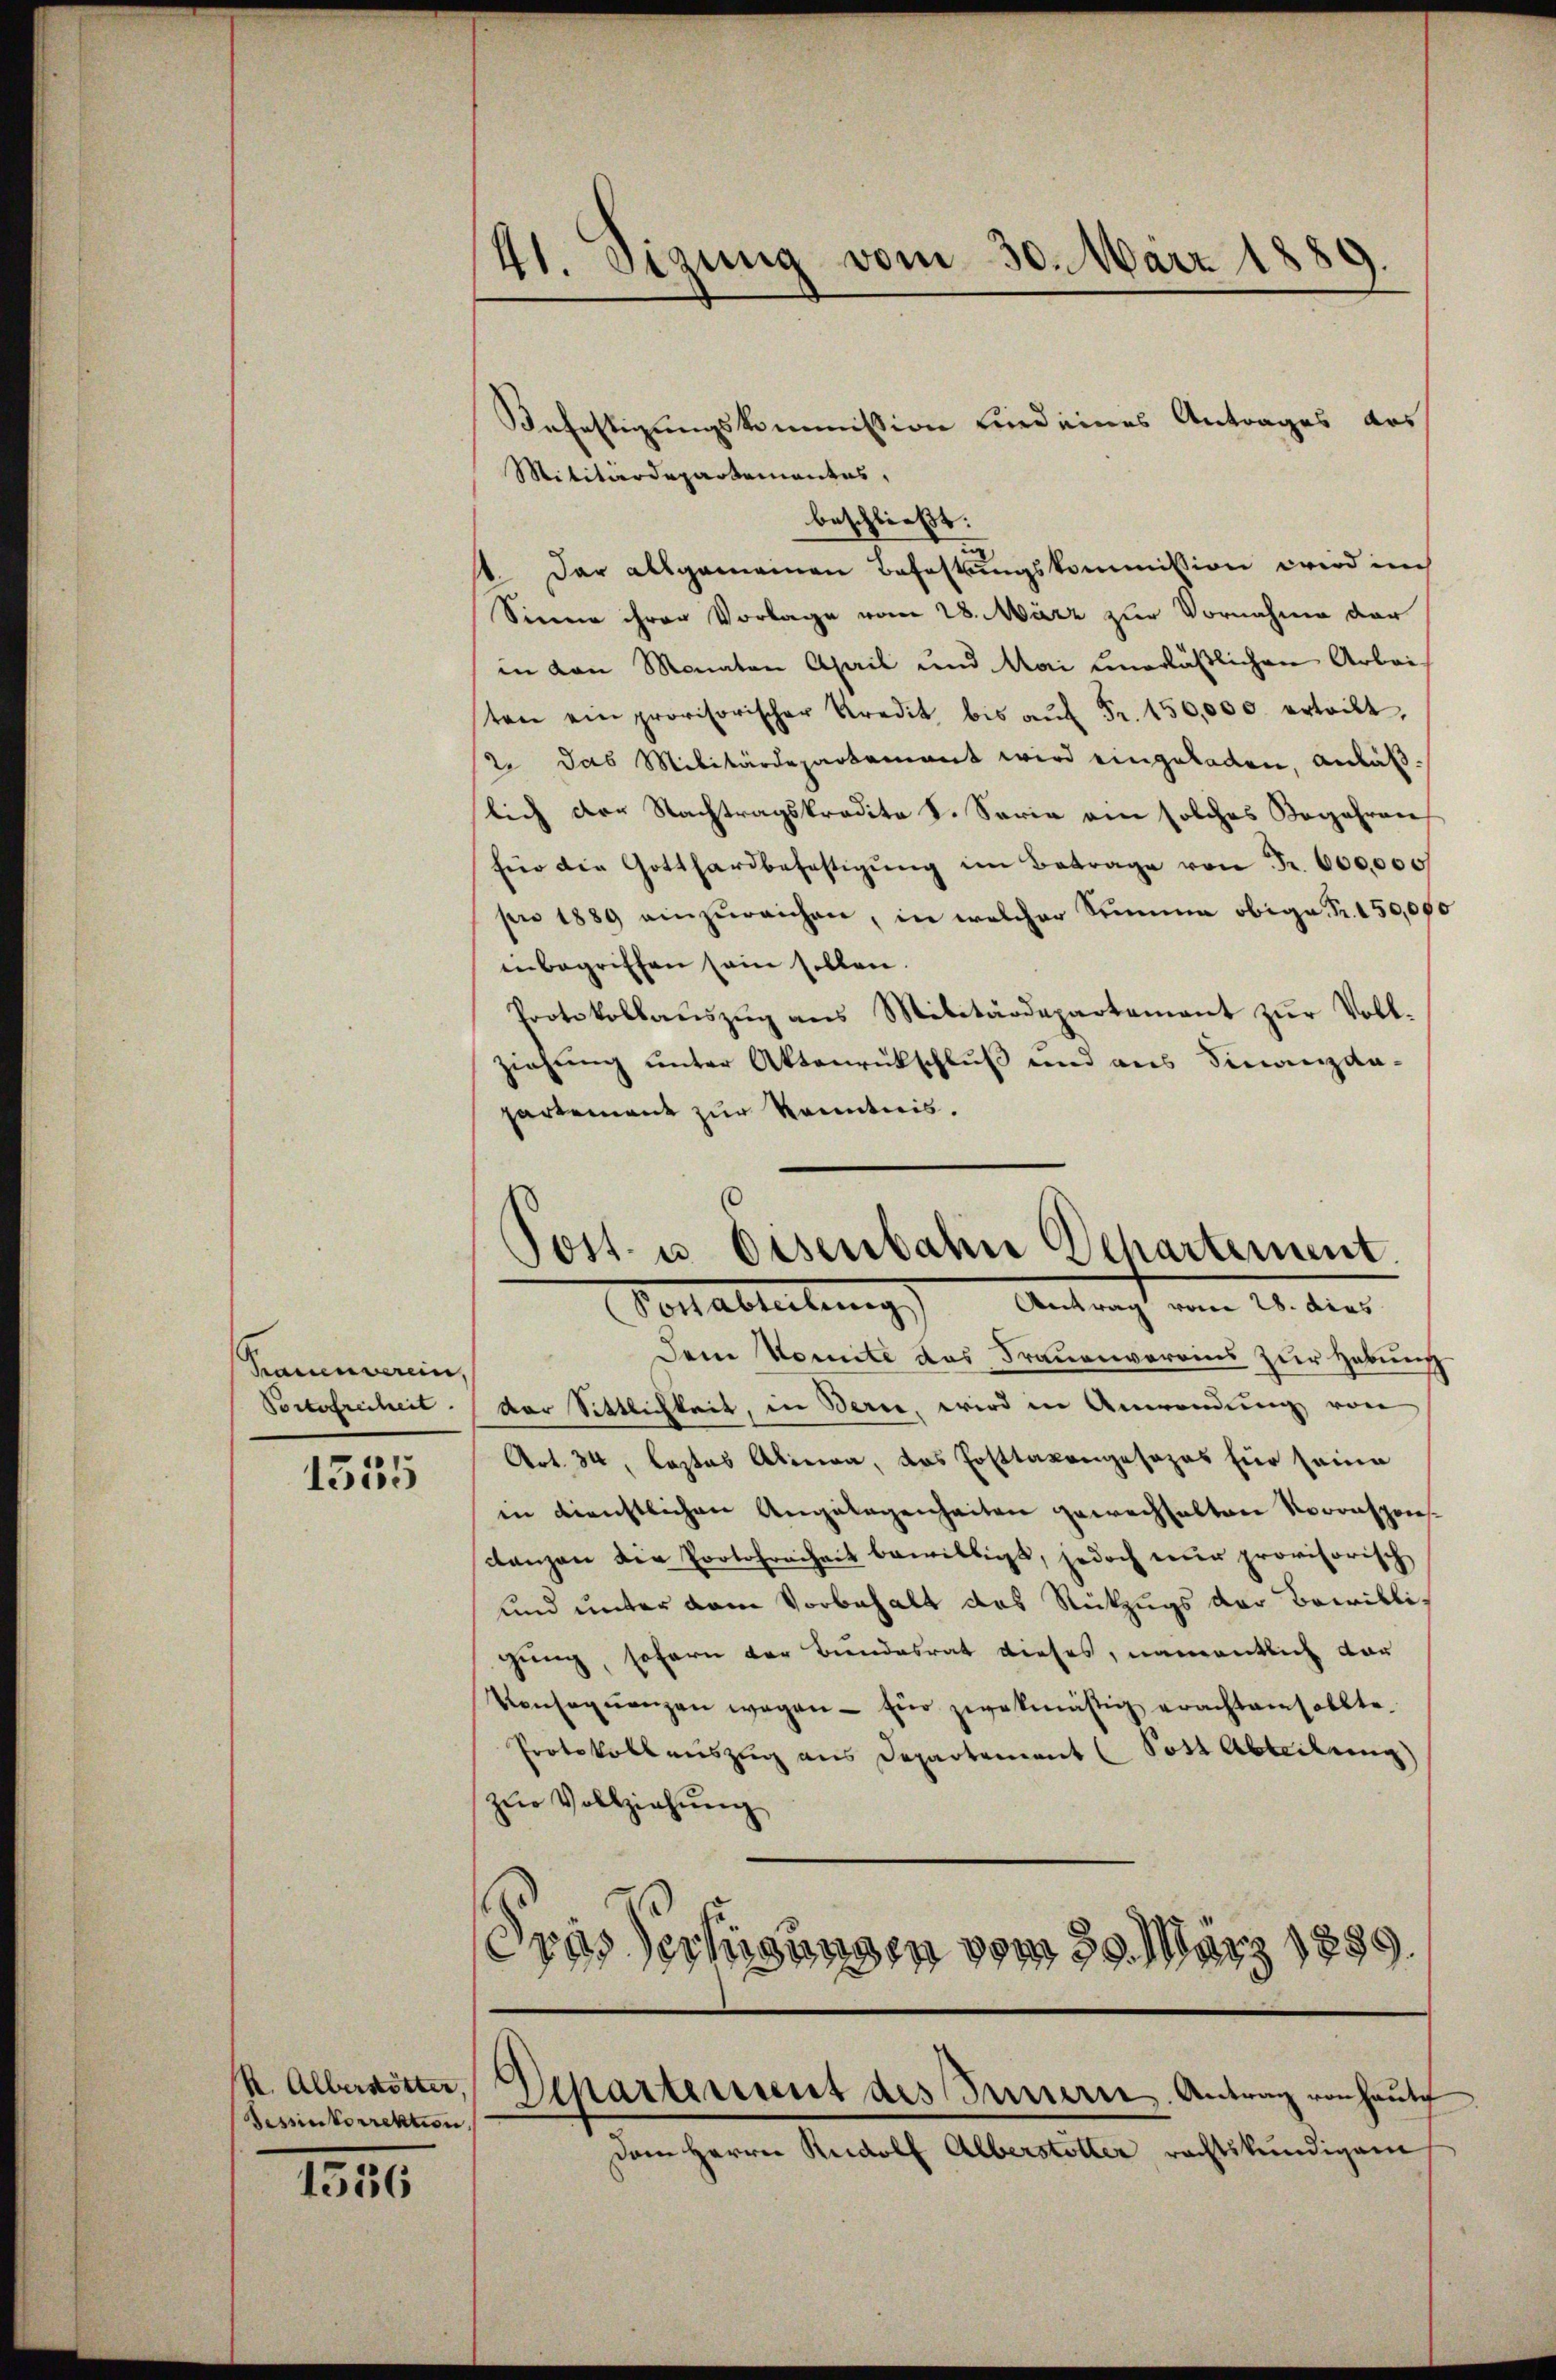
Frauenverein,
Portofreiheit

1335

R. Alberstötter,
Sessintorrektion

1556

41. Sizung vom 30. März 1889.

Militärdepartementes,
beschließt:
Dar allgemeinen Befestungskommission wird in
Sinne ihrer Vorlage vom 28. März zur Vornahme dar
in von Monaten April und Mai unerläßlichen Arbei-
sten ein provisorischer Kredit bis aŭf Fr. 150,000 erteilt,
2 das Militärdepartamant wird eingeladen, anläßlich der Nachtragskredite S. Serie am solches Begehren
für die Gotthardbefestigŭng im Betrage von Fr. 600,000
pro 1889 einzŭreichen, in welcher Simmen obige Fr. 150,000
inbegriffen sein sollen
Protokollaŭszŭg ans Militärdepartamant zŭr Voll-
ziehung unter Aktenrückschluß und aus Finanzda-
partement zur Kenntnis.

Befestigungskommission sind eines Antrages das

Post- u. Eisenbahn Departement.
Vortabteilung Antragt vom 24. des

Dem Komite das Frauenvereins zur Habung
der Sittlichkeit, in Bern, wird in Anwendung von
Art. 34, Lastas Alinea, das Posttaxangesezes für seine
in dienstlichen Angelegenheiten gewachhalten Voranspries
Lanzen der Portofreiheit bewilligt, jedoch nŭr provisorisch
und unter dem Vorbehalt das Rückzugs der Bewilligung, sofern der Bundesrat dieses, namentlich dar
Vonseqŭenzen wegen - für zwekmäsig erachten sollte.
Protokoll auszug aus Departement (Sott Abteilung
zŭr Vollziehung
Gras Verfügungen vom 30. März 1889.

Departement des Innere Antrag von heute

Dem Herrn Rudolf Alberstötter rechtskundigem